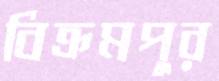
বিক্রমপুর